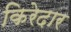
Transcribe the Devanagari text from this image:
किरेदार